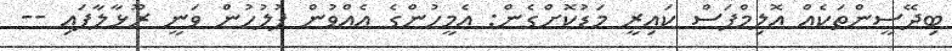
ބިދޭސީންތަކެއް އޮލިމްޕަސް ކައިރީ މަޑުކޮށްގެން: އެމީހުންގެ އެއްވުން ފުލުހުން ވަނީ ރޫޅާލާފައި --